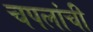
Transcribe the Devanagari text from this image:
चपलांची